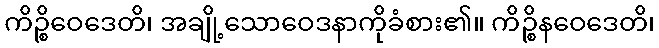
ကိဉ္စိဝေဒေတိ၊ အချို့သောဝေဒနာကိုခံစား၏။ ကိဉ္စိနဝေဒေတိ၊